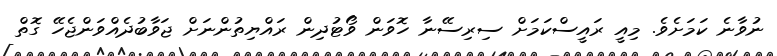
ނުވާނެ ކަމަށެވެ. މިއީ ރައީސްކަމަށް ސިރިސޭނާ ހޮވަން ވޯޓުދިން ރައްޔިތުންނަށް ޖަވާބުދެއްވަންޖެހޭ ގޮތް